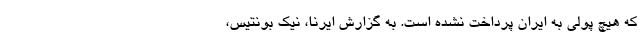
که هیچ پولی به ایران پرداخت نشده است. به گزارش ایرنا، نیک بونتیس،